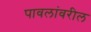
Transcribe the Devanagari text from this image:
पावलांवरील